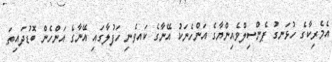
އެމެރިކާގެ ހުޅަނގު ޕެންސިލްވެއިންޔާގެ އަންހެނަކު އޭނާގެ ކައވެނި ހަފުލާގައި އޭނާގެ އަންހެން ބޮޑުދައިތަ